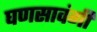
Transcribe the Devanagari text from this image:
घणसावंगी